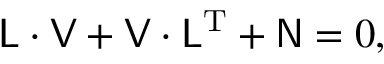
\mathsf { L } \cdot \mathsf { V } + \mathsf { V } \cdot \mathsf { L } ^ { \mathrm { T } } + \mathsf { N } = 0 ,